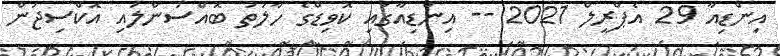
އިންޑިއާ 29 އެޕްރީލް 2021 -- އިންޑިއާގައި ކޮވިޑްގެ ހާލަތު ބޮއްސުންލައި އޮކްސިޖަން